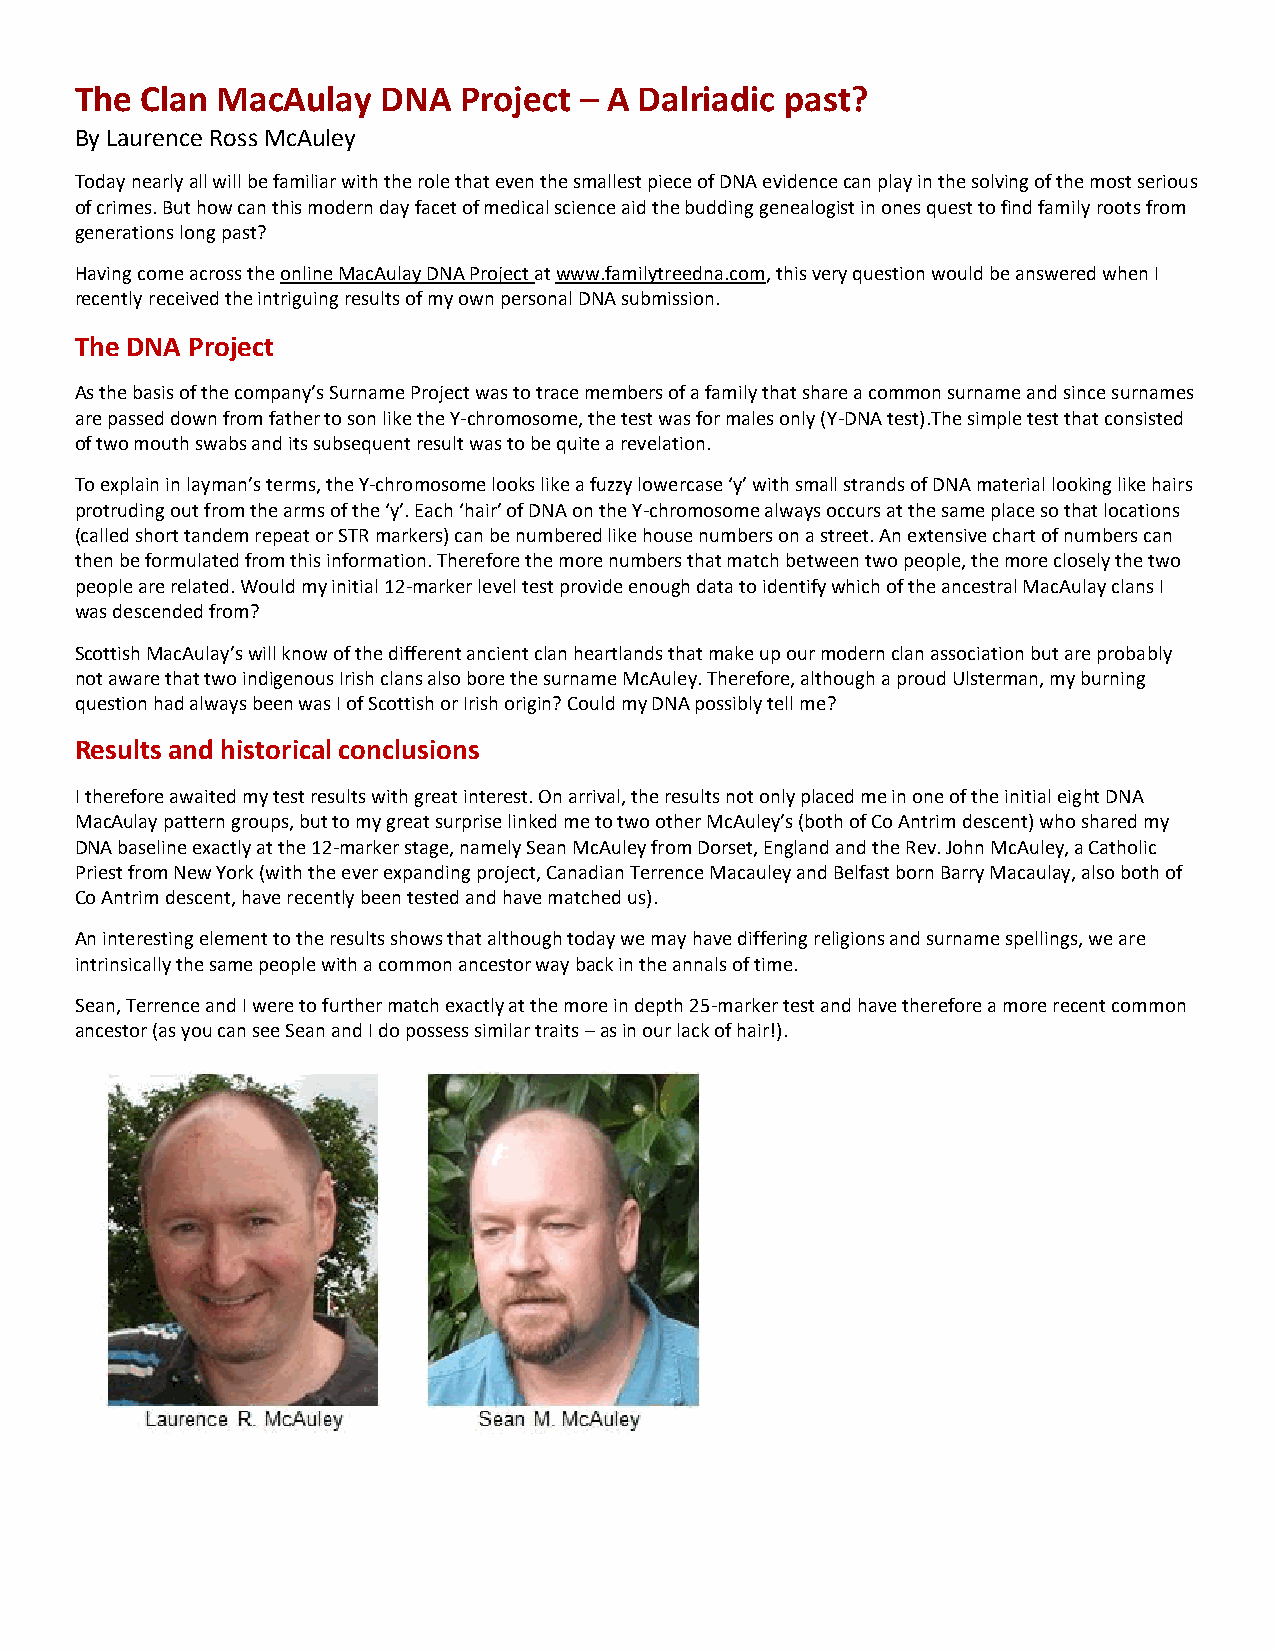
The Clan MacAulay   DNA  Project – A Dalriadic past?
 By Laurence Ross McAuley
 Today nearly all will be familiar with the role that even the smallest piece of DNA evidence can play in the solving of the most serious
 of crimes. But how can this modern day facet of medical science aid the budding genealogist in ones quest to find family roots from
 generations long past?
 Having come across the online MacAulay DNA Project at www.familytreedna.com, this very question would be answered when I
 recently received the intriguing results of my own personal DNA submission.
 The DNA Project
 As the basis of the company’s Surname Project was to trace members of a family that share a common surname and since surnames
 are passed down from father to son like the Y-chromosome, the test was for males only (Y-DNA test).The simple test that consisted
 of two mouth swabs and its subsequent result was to be quite a revelation.
 To explain in layman’s terms, the Y-chromosome looks like a fuzzy lowercase ‘y’ with small strands of DNA material looking like hairs
 protruding out from the arms of the ‘y’. Each ‘hair’ of DNA on the Y-chromosome always occurs at the same place so that locations
 (called short tandem repeat or STR markers) can be numbered like house numbers on a street. An extensive chart of numbers can
 then be formulated from this information. Therefore the more numbers that match between two people, the more closely the two
 people are related. Would my initial 12-marker level test provide enough data to identify which of the ancestral MacAulay clans I
 was descended from?
 Scottish MacAulay’s will know of the different ancient clan heartlands that make up our modern clan association but are probably
 not aware that two indigenous Irish clans also bore the surname McAuley. Therefore, although a proud Ulsterman, my burning
 question had always been was I of Scottish or Irish origin? Could my DNA possibly tell me?
 Results and historical conclusions
 I therefore awaited my test results with great interest. On arrival, the results not only placed me in one of the initial eight DNA
 MacAulay pattern groups, but to my great surprise linked me to two other McAuley’s (both of Co Antrim descent) who shared my
 DNA baseline exactly at the 12-marker stage, namely Sean McAuley from Dorset, England and the Rev. John McAuley, a Catholic
 Priest from New York (with the ever expanding project, Canadian Terrence Macauley and Belfast born Barry Macaulay, also both of
 Co Antrim descent, have recently been tested and have matched us).
 An interesting element to the results shows that although today we may have differing religions and surname spellings, we are
 intrinsically the same people with a common ancestor way back in the annals of time.
 Sean, Terrence and I were to further match exactly at the more in depth 25-marker test and have therefore a more recent common
 ancestor (as you can see Sean and I do possess similar traits – as in our lack of hair!).